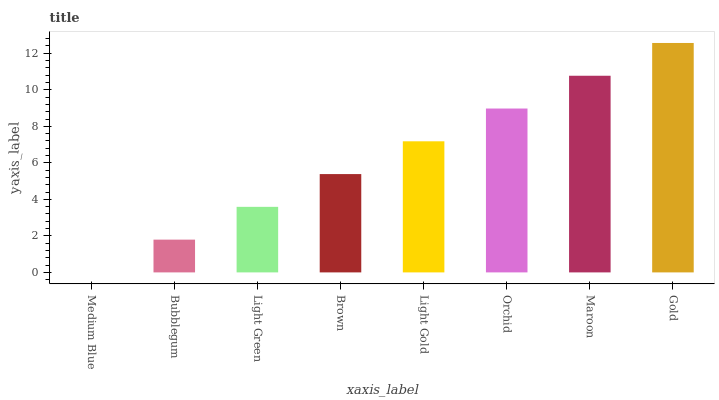
| xaxis_label | bars |
 | --- | --- |
 | Medium Blue | 0 |
 | Bubblegum | 1.8 |
 | Light Green | 3.59 |
 | Brown | 5.39 |
 | Light Gold | 7.18 |
 | Orchid | 8.98 |
 | Maroon | 10.8 |
 | Gold | 12.6 |